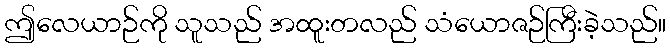
ဤလေယာဉ်ကို သူသည် အထူးတလည် သံယောဇဉ်ကြီးခဲ့သည်။